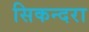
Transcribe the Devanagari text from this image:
सिकन्‍दरा